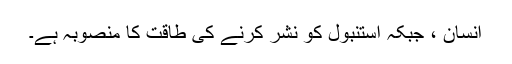
انسان ، جبکہ استنبول کو نشر کرنے کی طاقت کا منصوبہ ہے۔